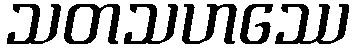
သတသဟဿေ